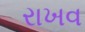
રાખવ